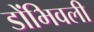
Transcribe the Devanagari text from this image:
डोंभिवली